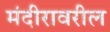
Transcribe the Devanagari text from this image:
मंदीरावरील